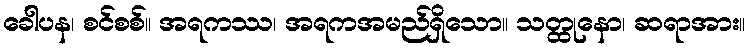
ခေါပန၊ စင်စစ်။ အရကဿ၊ အရကအမည်ရှိသော။ သတ္ထုနော၊ ဆရာအား။